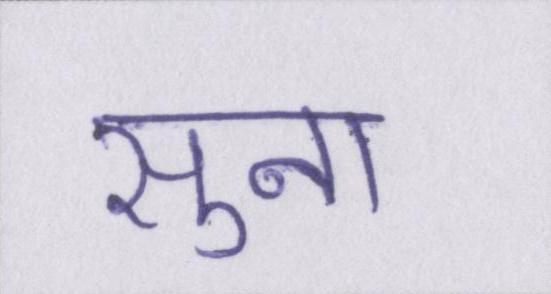
सुना